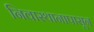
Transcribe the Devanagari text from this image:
निवास्थानापासून